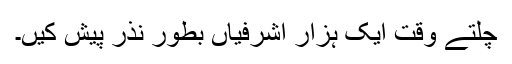
چلتے وقت ایک ہزار اشرفیاں بطور نذر پیش کیں۔